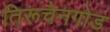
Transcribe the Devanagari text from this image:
तिरूचेनगोड